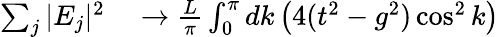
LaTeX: \begin{array}{rl}{\sum_{j}|E_{j}|^{2}}&{{}\to\frac{L}{\pi}\int_{0}^{\pi}dk\left(4(t^{2}-g^{2})\cos^{2}k\right)}\end{array}